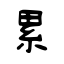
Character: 累